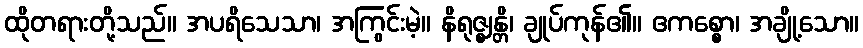
ထိုတရားတို့သည်။ အပရိသေသာ၊ အကြွင်းမဲ့။ နိရုဇ္ဈန္တိ၊ ချုပ်ကုန်၏။ ဧကစ္စော၊ အချို့သော။